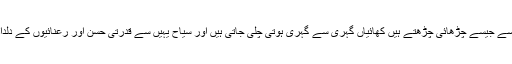
مری جانے والے سیاح جیسے جیسے چڑھائی چڑھتے ہیں کھائیاں گہری سے گہری ہوتی چلی جاتی ہیں اور سیاح یہیں سے قدرتی حسن اور رعنائیوں کے دلدادہ ہونا شروع ہوجاتے ہیں۔